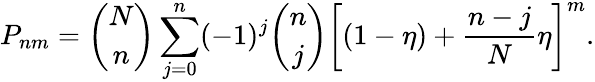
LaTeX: P_{nm}=\binom{N}{n}\sum_{j=0}^{n}(-1)^{j}\binom{n}{j}\left[(1-\eta)+\frac{n-j}{N}\eta\right]^{m}.